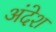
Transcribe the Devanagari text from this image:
अंदेश